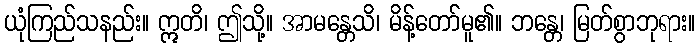
ယုံကြည်သနည်း။ ဣတိ၊ ဤသို့။ အာမန္တေသိ၊ မိန့်တော်မူ၏။ ဘန္တေ၊ မြတ်စွာဘုရား။